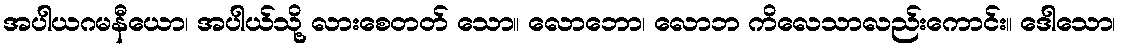
အပါယဂမနီယော၊ အပါယ်သို့ လားစေတတ် သော။ လောဘော၊ လောဘ ကိလေသာလည်းကောင်း။ ဒေါသော၊